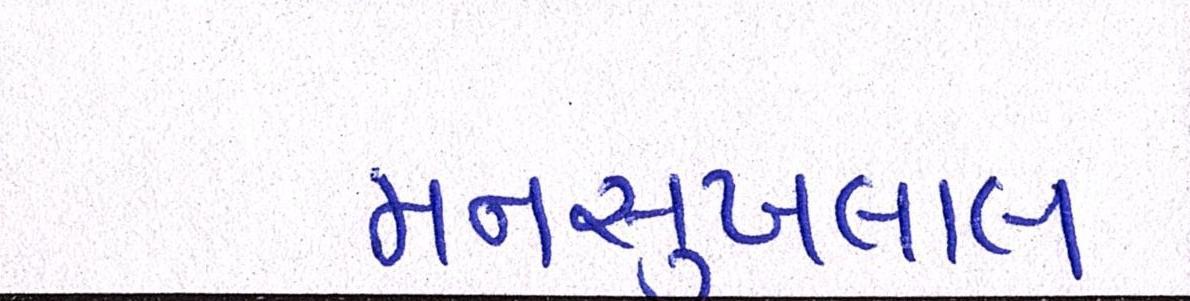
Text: મનસુખલાલ